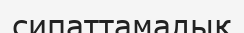
сипаттамалық